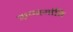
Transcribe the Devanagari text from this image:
मानवशांति